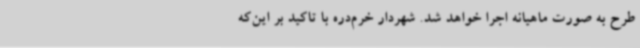
طرح به صورت ماهیانه اجرا خواهد شد. شهردار خرم‌دره با تاکید بر این‌که